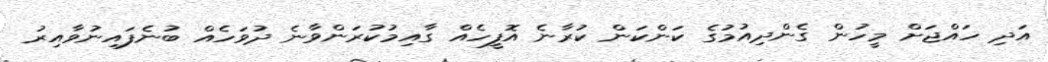
އަދި ހައްޖަށް މީހުން ގެންދިއުމުގެ ކަންކަން ކުރާނެ އޮފީހެއް ގާއިމުކުރަންވާނެ ދުވަހެއް ބުނެފައިނުވާއިރު